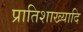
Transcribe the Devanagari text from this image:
प्रातिशाख्यादि